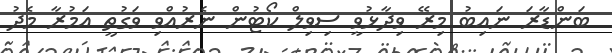
ބަންޑާރަ ނައިބު މިރޭ ވިދާޅުވީ ސިވިލް ކޯޓުން ނެރުއްވި ވަގުތީ އަމުރާ މެދު